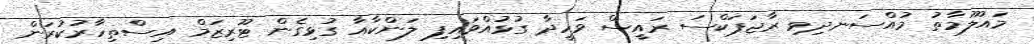
މައުލޫމާތު މުއްސަނދިވި ރާޖަޕަކްސަ ރައީސް ވަހީދާ ގުޅުއްވައިފި ލަންކާއާ ގުޅިގެން ޓޫރިޒަމް އިސްތިހާރުކުރަން